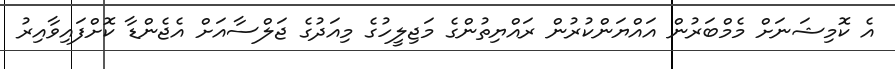
އެ ކޮމިޝަނަށް މެމްބަރުން އައްޔަންކުރުން ރައްޔިތުންގެ މަޖިލީހުގެ މިއަދުގެ ޖަލްސާއަށް އެޖެންޑާ ކޮށްފައިވާއިރު